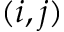
( i , j )